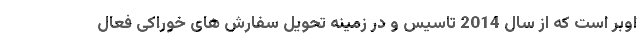
اوبر است که از سال 2014 تاسیس و در زمینه تحویل سفارش های خوراکی فعال